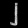
Digit: ၂